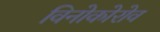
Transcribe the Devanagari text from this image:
विनोकोरोव